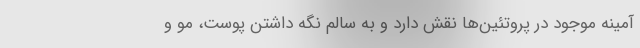
آمینه موجود در پروتئین‌ها نقش دارد و به سالم نگه داشتن پوست، مو و